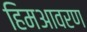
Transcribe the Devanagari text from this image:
हिमआवरण